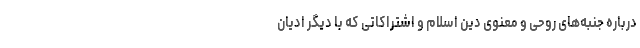
درباره جنبه‌های روحی و معنوی دین اسلام و اشتراکاتی که با دیگر ادیان